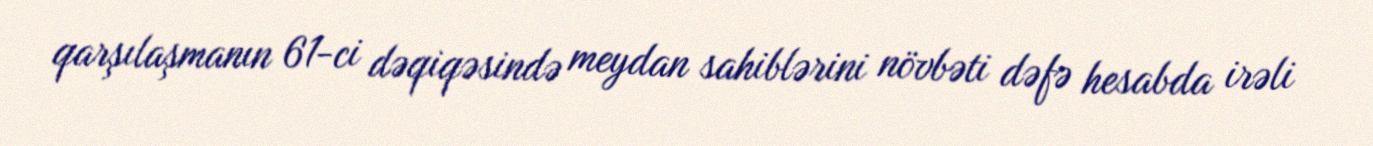
qarşılaşmanın 61-ci dəqiqəsində meydan sahiblərini növbəti dəfə hesabda irəli